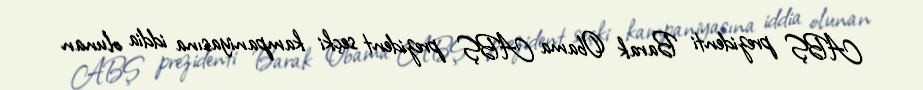
ABŞ prezidenti Barak Obama ABŞ prezident seçki kampaniyasına iddia olunan